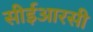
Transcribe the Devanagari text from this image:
सीईआरसी